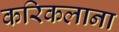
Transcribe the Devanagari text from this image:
करिकलाना